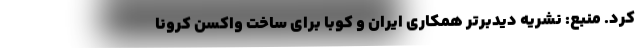
کرد. منبع: نشریه دیدبرتر همکاری ایران و کوبا برای ساخت واکسن کرونا